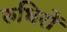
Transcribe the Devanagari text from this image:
रुधिरों